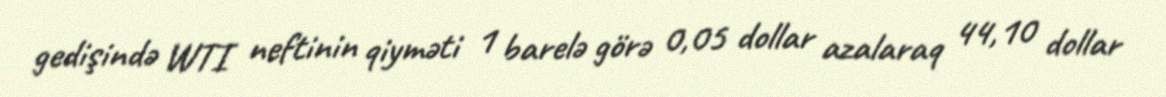
gedişində WTI neftinin qiyməti 1 barelə görə 0,05 dollar azalaraq 44,10 dollar